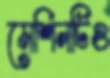
মেশিনটিও